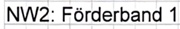
Text: NW2: Förderband 1